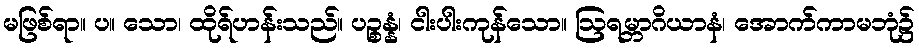
မဖြစ်ရာ။ ပ။ သော၊ ထိုရ်ဟန်းသည်။ ပဉ္စန္နံ၊ ငါးပါးကုန်သော။ ဩရမ္ဘာဂိယာနံ၊ အောက်ကာမဘုံ၌